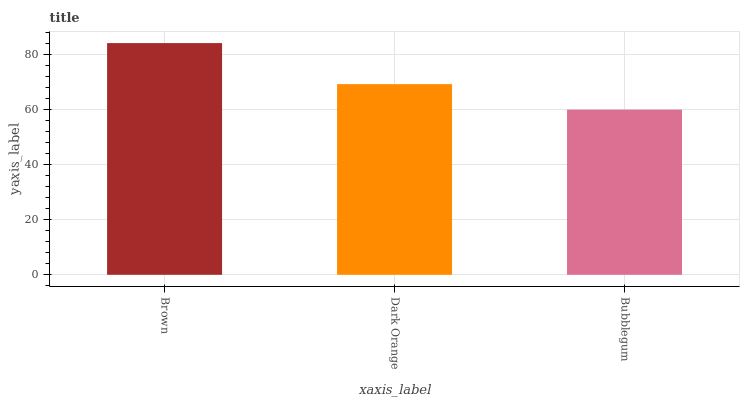
| xaxis_label | bars |
 | --- | --- |
 | Brown | 84 |
 | Dark Orange | 69.1 |
 | Bubblegum | 59.9 |